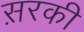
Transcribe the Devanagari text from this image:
स़रकी